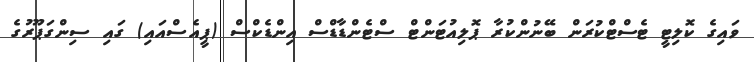
ވައިގެ ކޮލިޓީ ޓެސްޓްކުރަން ބޭނުންކުރާ ޕޮލިއުޓަންޓް ސްޓެންޑާޑްސް އިންޑެކްސް (ޕީއެސްއައި) ގައި ސިންގަޕޫރުގެ